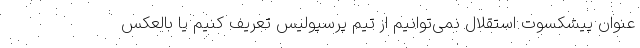
عنوان پیشکسوت استقلال نمی‌توانیم از تیم پرسپولیس تعریف کنیم یا بالعکس